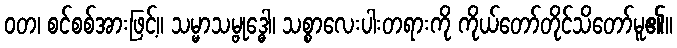
ဝတ၊ စင်စစ်အားဖြင့်။ သမ္မာသမ္ဗုဒ္ဓေါ၊ သစ္စာလေးပါးတရားကို ကိုယ်တော်တိုင်သိတော်မူ၏။